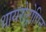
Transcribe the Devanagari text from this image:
थायरोट्रोपिन